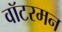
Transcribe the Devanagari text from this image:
वॉटरमन